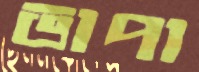
ভাপা